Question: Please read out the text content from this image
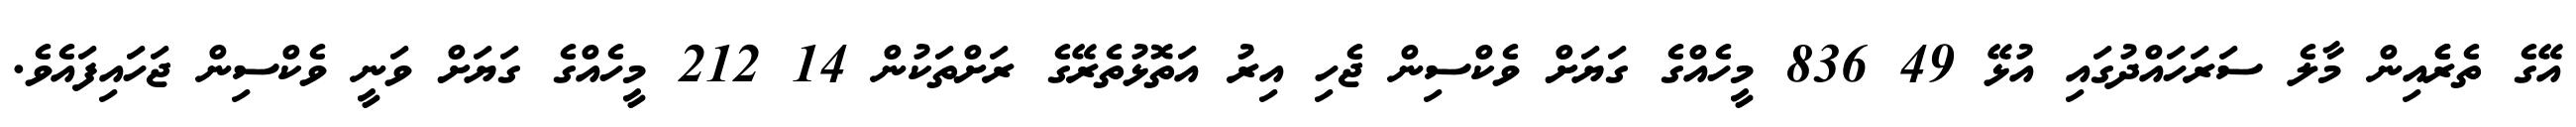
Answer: އޭގެ ތެރެެއިން މާލެ ސަރަހައްދުގައި އުޅޭ 49 836 މީހެއްގެ ގަޔަށް ވެކްސިން ޖެހި އިރު އަތޮޅުތެރޭގެ ރަށްތަކުން 14 212 މީހެއްގެ ގަޔަށް ވަނީ ވެކްސިން ޖަހައިފައެވެ.